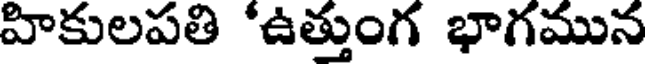
హికులపతి 'ఉత్తుంగ భాగమున